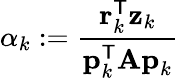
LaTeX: \alpha_{k}:={\frac{\mathbf{r}_{k}^{\mathsf{T}}\mathbf{z}_{k}}{\mathbf{p}_{k}^{\mathsf{T}}\mathbf{Ap}_{k}}}